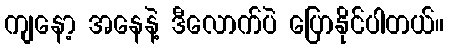
ကျနော့ အနေနဲ့ ဒီလောက်ပဲ ပြောနိုင်ပါတယ်။